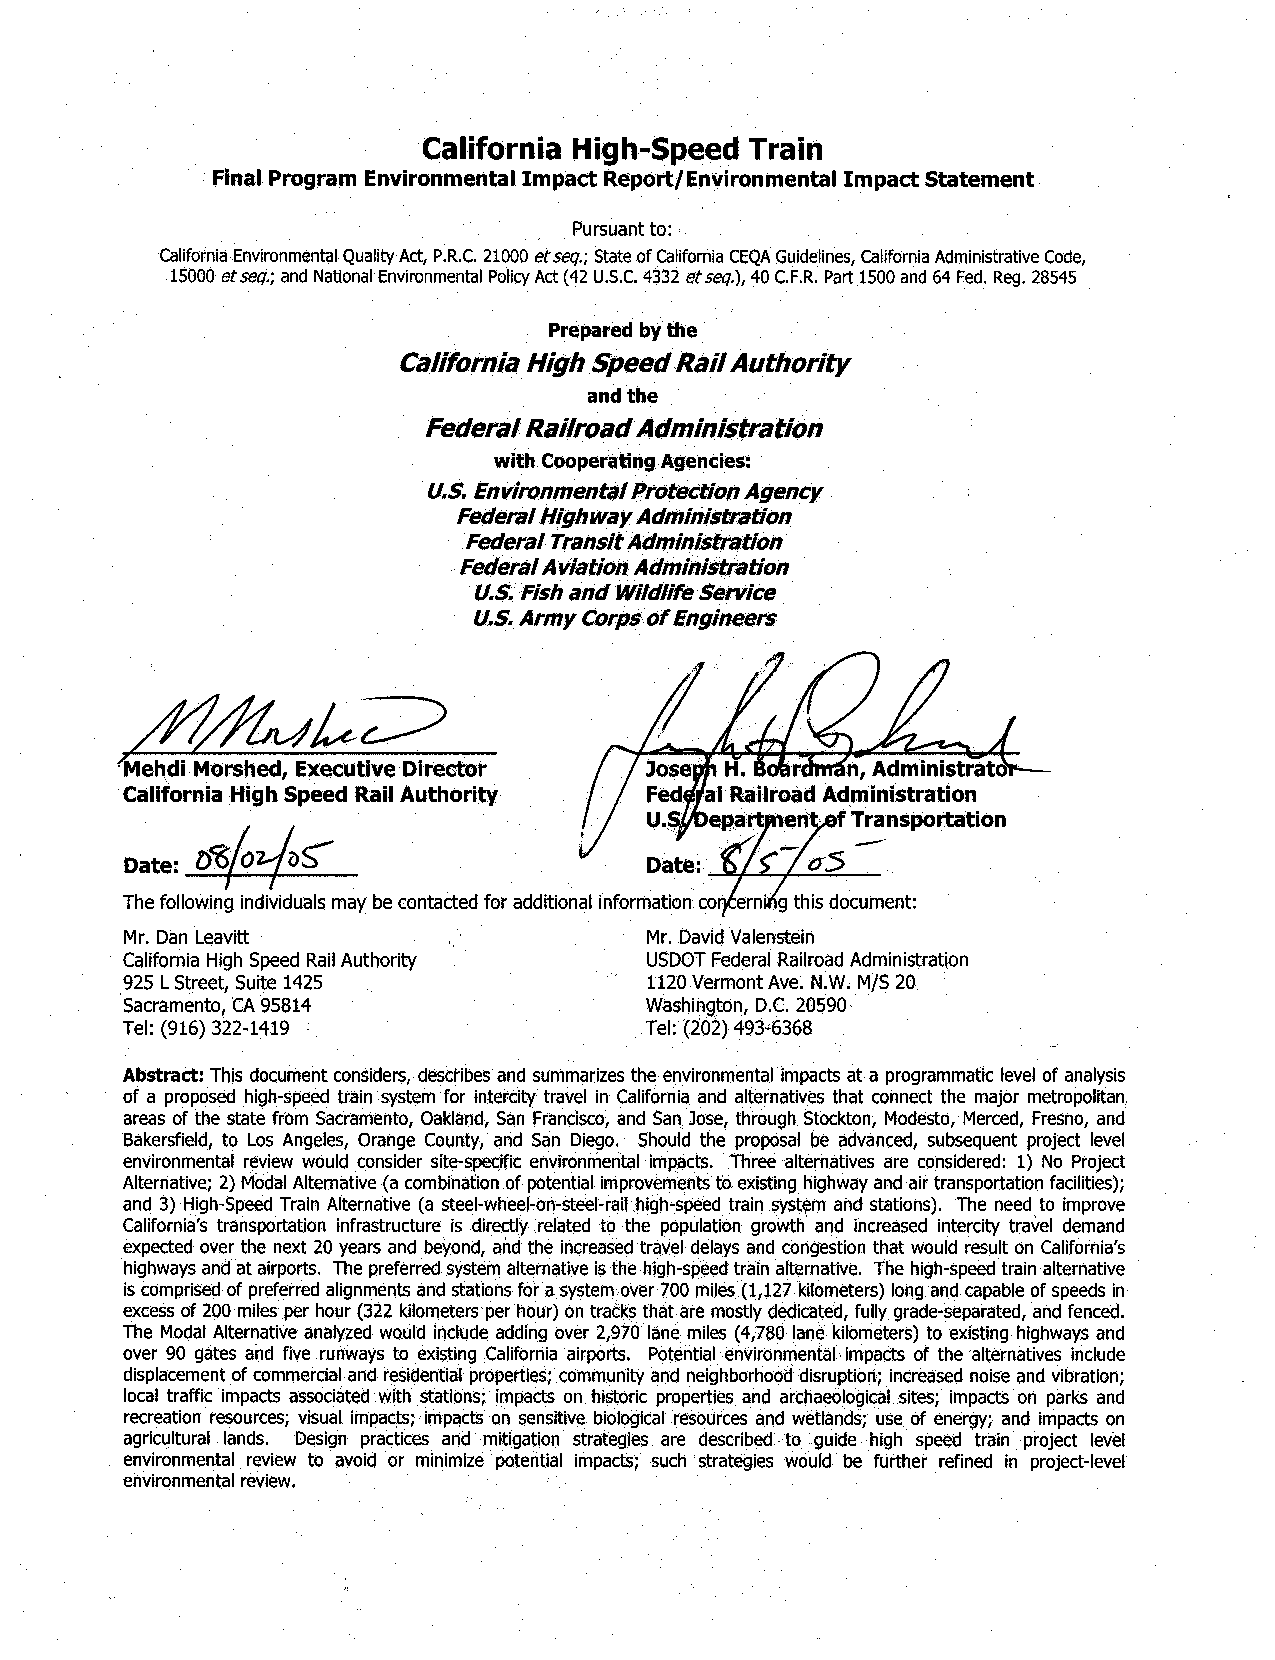
California High-Speed Train
 Final Program Environmental Impact Report/Environmental Impact Statement
 Pursuant to:
 California Environmental Quality Act, P.R.C. 21000 et seq.; State of California CEQA Guidelines, California Administrative Code,
 15000 et seq.; and National Environmental Policy Act (42 U.S.C. 4332 et seq.), 40 C.F.R. Part 1500 and 64 Fed. Reg. 28545
 Prepared by the
 California High Speed Rail Authority
 and the
 Federal Railroad Administration
 with Cooperating Agencies:
 U.S. Environmental Protection Agency
 Federal Highway Administration
 Federal Transit Administration
 Federal Aviation Administration
 U.S. Fish and Wildlife Service
 U.S. Army Corps of Engineers
 Mehdi Morshed, Executive Director  Joseph H. Boardman, Administrator
 California High Speed Rail Authority Federal Railroad Administration
 U.S/ Department of Transportation
 08/02/2005                        08/05/05
 Date:                              Date:
 The following individuals may be contacted for additional information concerning this document:
 Mr. Dan Leavitt                    Mr. David Valenstein
 California High Speed Rail Authority USDOT Federal Railroad Administration
 925 L Street, Suite 1425           1120 Vermont Ave. N.W. M/S 20
 Sacramento, CA 95814               Washington, D.C. 20590
 Tel: (916) 322-1419                Tel: (202) 493-6368
 Abstract: This document considers, describes and summarizes the environmental impacts at a programmatic level of analysis
 of a proposed high-speed train system for intercity travel in California and alternatives that connect the major metropolitan
 areas of the state from Sacramento, Oakland, San Francisco, and San Jose, through Stockton, Modesto, Merced, Fresno, and
 Bakersfield, to Los Angeles, Orange County, and San Diego. Should the proposal be advanced, subsequent project level
 environmental review would consider site-specific environmental impacts. Three alternatives are considered: 1) No Project
 Alternative; 2) Modal Alternative (a combination of potential improvements to existing highway and air transportation facilities);
 and 3) High-Speed Train Alternative (a steel-wheel-on-steel-rail high-speed train system and stations). The need to improve
 California's transportation infrastructure is directly related to the population growth and increased intercity travel demand
 expected over the next 20 years and beyond, and the increased travel delays and congestion that would result on California's
 highways and at airports. The preferred system alternative is the high-speed train alternative. The high-speed train alternative
 is comprised of preferred alignments and stations for a system over 700 miles (1,127 kilometers) long and capable of speeds in
 excess of 200 miles per hour (322 kilometers per hour) on tracks that are mostly dedicated, fully grade-separated, and fenced.
 The Modal Alternative analyzed would include adding over 2,970 lane miles (4,780 lane kilometers) to existing highways and
 over 90 gates and five runways to existing California airports. Potential environmental impacts of the alternatives include
 displacement of commercial and residential properties; community and neighborhood disruption; increased noise and vibration;
 local traffic impacts associated with stations; impacts on historic properties and archaeological sites; impacts on parks and
 recreation resources; visual impacts; impacts on sensitive biological resources and wetlands; use of energy; and impacts on
 agricultural lands. Design practices and mitigation strategies are described to guide high speed train project level
 environmental review to avoid or minimize potential impacts; such strategies would be further refined in project-level
 environmental review.